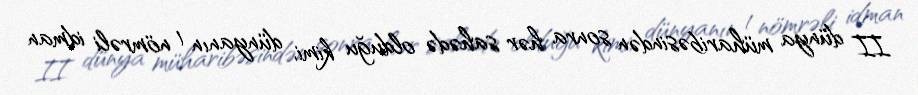
II dünya müharibəsindən sonra hər sahədə olduğu kimi, dünyanın 1 nömrəli idman